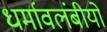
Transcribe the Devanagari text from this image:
धर्मावलंबीयों